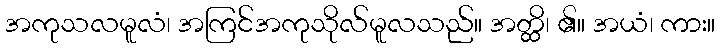
အကုသလမူလံ၊ အကြင်အကုသိုလ်မူလသည်။ အတ္ထိ၊ ၏။ အယံ၊ ကား။